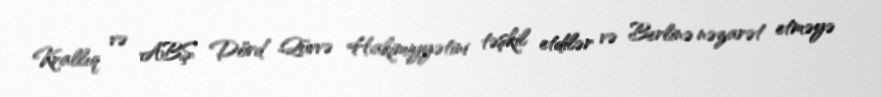
Krallıq və ABŞ Dörd Qüvvə Hakimiyyətini təşkil etdilər və Berlinə nəzarət etməyə